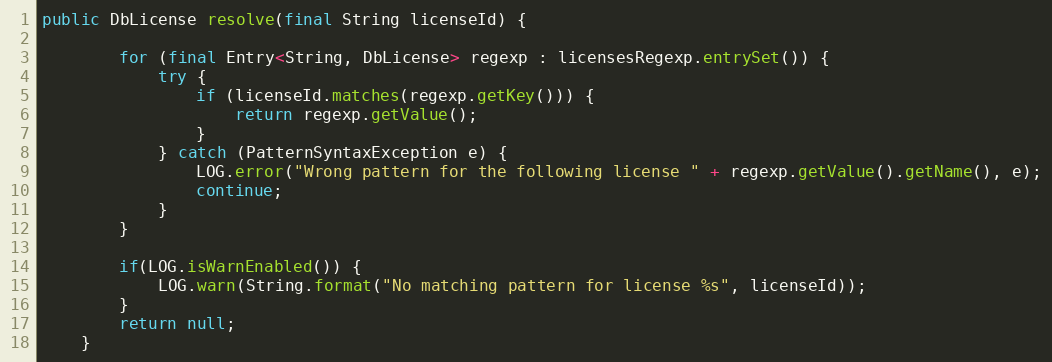
Language: Java
public DbLicense resolve(final String licenseId) {

        for (final Entry<String, DbLicense> regexp : licensesRegexp.entrySet()) {
            try {
                if (licenseId.matches(regexp.getKey())) {
                    return regexp.getValue();
                }
            } catch (PatternSyntaxException e) {
                LOG.error("Wrong pattern for the following license " + regexp.getValue().getName(), e);
                continue;
            }
        }

        if(LOG.isWarnEnabled()) {
            LOG.warn(String.format("No matching pattern for license %s", licenseId));
        }
        return null;
    }